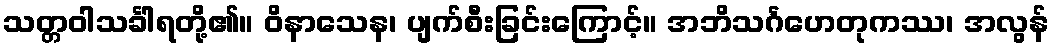
သတ္တဝါသင်္ခါရတို့၏။ ဝိနာသေန၊ ပျက်စီးခြင်းကြောင့်။ အဘိသင်္ဂဟေတုကဿ၊ အလွန်